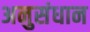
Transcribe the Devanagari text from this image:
अनुसंधान